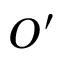
O ^ { \prime }